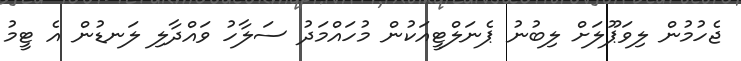
ޖެހުމުން ލިވަޕޫލަށް ލިބުނު ޕެނަލްޓީއަކުން މުހައްމަދު ސަލާހު ވައްދާލި ލަނޑުން އެ ޓީމު